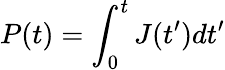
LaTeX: P(t)=\int_{0}^{t}J(t^{\prime})dt^{\prime}